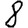
Digit: 8